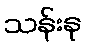
သန်းနု